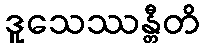
ဒူသေဿန္တီတိ